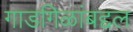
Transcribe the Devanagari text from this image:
गाडगिळांबद्दल